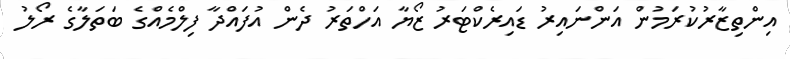
އިންތިޒާރުކުރަމުން އަންނައިރު ޑައިރެކްޓަރު ޒޯޔާ އަހްތަރު ދެން އުފައްދާ ފިލްމެއްގެ ބަތަލާގެ ރޯލު